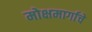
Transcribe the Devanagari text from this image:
मोक्षमार्गाचे